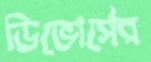
ডিভোর্সের